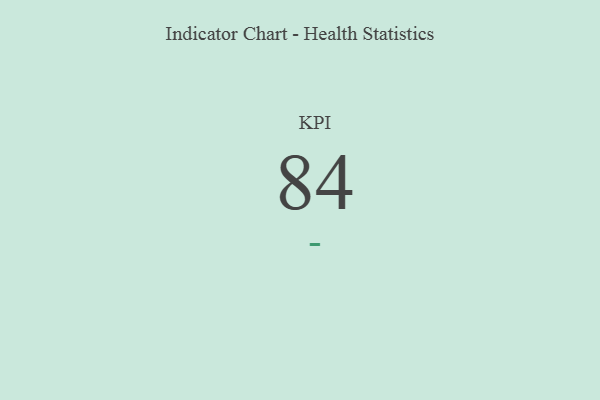
{"axis": {"x": "KPI", "y": "Value"}, "legend": [""], "data": [{"x": "KPI", "y": 84, "type": ""}]}